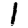
Digit: 1